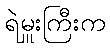
ရဲမှူးကြီးက